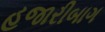
હજારીબાગ